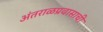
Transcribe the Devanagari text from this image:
अंतराळप्रवासाची